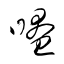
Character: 暸